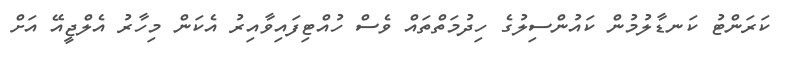
ކަރަންޓު ކަނޑާލުމުން ކައުންސިލުގެ ހިދުމަތްތައް ވެސް ހުއްޓިފައިވާއިރު އެކަން މިހާރު އެލްޖީއޭ އަށް